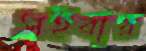
সইবার